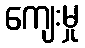
ကျေးမှု